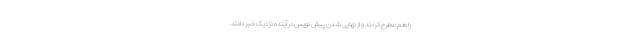
را هم مطرح کردند و از نهایی شدن پیش نویس در آینده نزدیک خبر دادند.